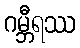
ဂမ္ဘီရဿ